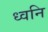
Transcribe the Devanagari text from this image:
ध्‍वनि